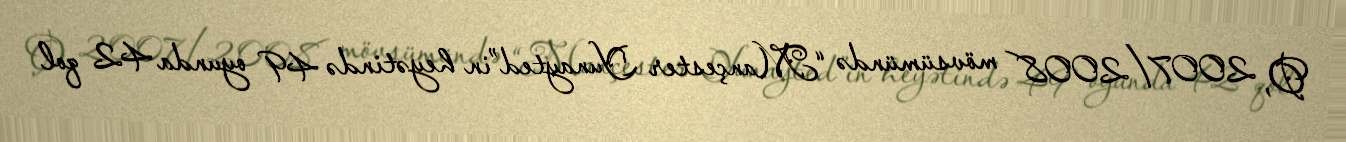
O, 2007/2008 mövsümündə “Mançester Yunayted”in heyətində 49 oyunda 42 qol